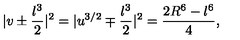
| v \pm \frac { \l ^ { 3 } } { 2 } | ^ { 2 } = | u ^ { 3 / 2 } \mp \frac { \l ^ { 3 } } { 2 } | ^ { 2 } = \frac { 2 R ^ { 6 } - \l ^ { 6 } } { 4 } ,